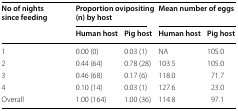
| <ROWSPAN=2> No of nights since feeding | <COLSPAN=2> Proportion ovipositing (n) by host | <COLSPAN=2> Mean number of eggs |
 | Human host | Pig host | Human host | Pig host |
 | --- | --- | --- | --- | --- |
 | 1 | 0.00 (0) | 0.03 (1) | NA | 105.0 |
 | 2 | 0.44 (64) | 0.78 (28) | 103.5 | 105.0 |
 | 3 | 0.46 (68) | 0.17 (6) | 118.0 | 71.7 |
 | 4 | 0.10 (14) | 0.03 (1) | 127.6 | 23.0 |
 | Overall | 1.00 (164) | 1.00 (36) | 114.8 | 97.1 |